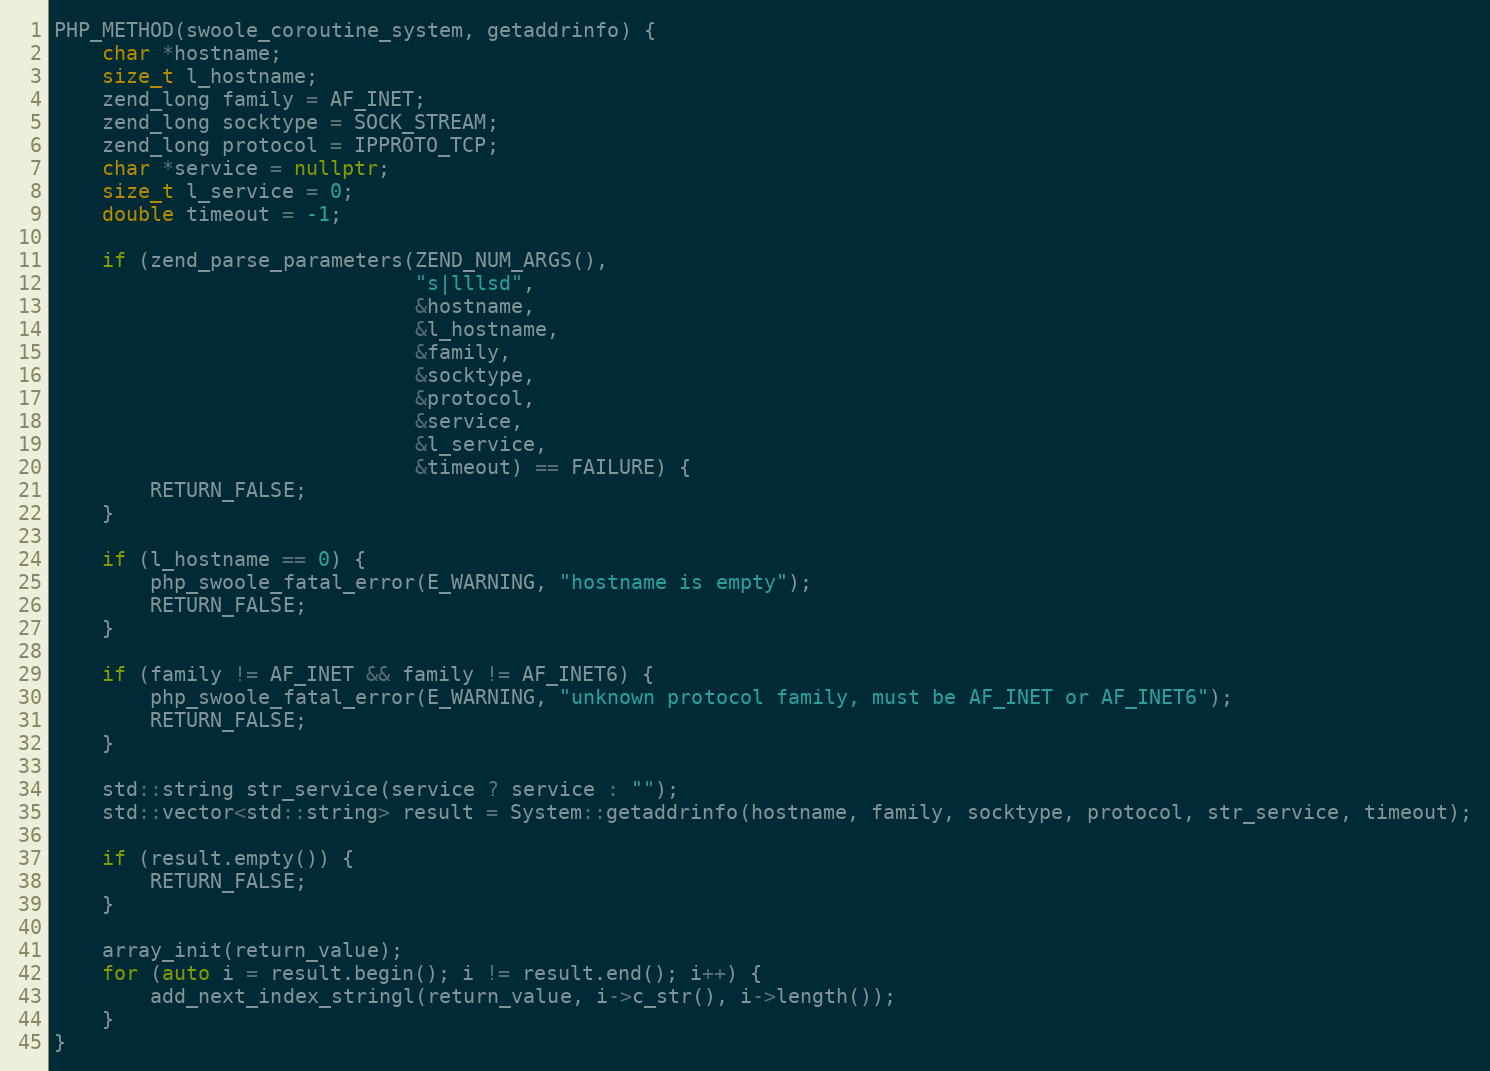
Language: C++
PHP_METHOD(swoole_coroutine_system, getaddrinfo) {
    char *hostname;
    size_t l_hostname;
    zend_long family = AF_INET;
    zend_long socktype = SOCK_STREAM;
    zend_long protocol = IPPROTO_TCP;
    char *service = nullptr;
    size_t l_service = 0;
    double timeout = -1;

    if (zend_parse_parameters(ZEND_NUM_ARGS(),
                              "s|lllsd",
                              &hostname,
                              &l_hostname,
                              &family,
                              &socktype,
                              &protocol,
                              &service,
                              &l_service,
                              &timeout) == FAILURE) {
        RETURN_FALSE;
    }

    if (l_hostname == 0) {
        php_swoole_fatal_error(E_WARNING, "hostname is empty");
        RETURN_FALSE;
    }

    if (family != AF_INET && family != AF_INET6) {
        php_swoole_fatal_error(E_WARNING, "unknown protocol family, must be AF_INET or AF_INET6");
        RETURN_FALSE;
    }

    std::string str_service(service ? service : "");
    std::vector<std::string> result = System::getaddrinfo(hostname, family, socktype, protocol, str_service, timeout);

    if (result.empty()) {
        RETURN_FALSE;
    }

    array_init(return_value);
    for (auto i = result.begin(); i != result.end(); i++) {
        add_next_index_stringl(return_value, i->c_str(), i->length());
    }
}